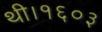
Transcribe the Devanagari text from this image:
थी।१६०३